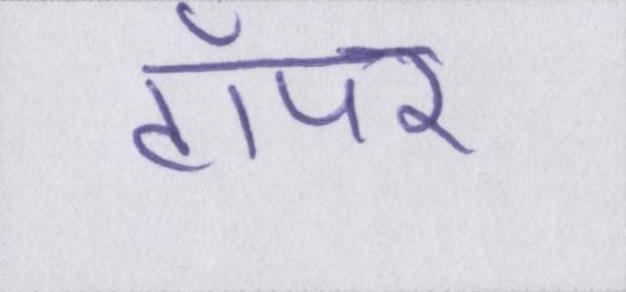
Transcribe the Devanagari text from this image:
टॉपर